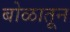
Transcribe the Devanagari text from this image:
बोळातून